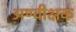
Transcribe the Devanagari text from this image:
अण्वीक्षक